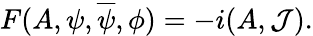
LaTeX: F(A,\psi,\overline{{\psi}},\phi)=-i(A,{\cal J}).